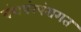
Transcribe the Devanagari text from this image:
वंशपंरपंरागत